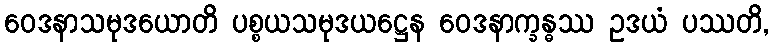
ဝေဒနာသမုဒယောတိ ပစ္စယသမုဒယဋ္ဌေန ဝေဒနာက္ခန္ဓဿ ဥဒယံ ပဿတိ,